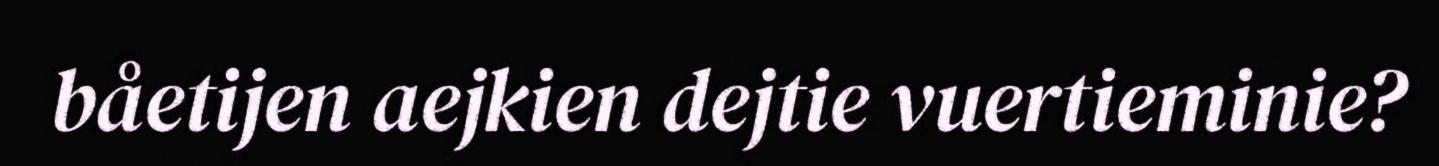
båetijen aejkien dejtie vuertieminie?